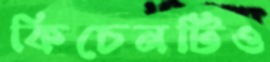
কিচেনটিও